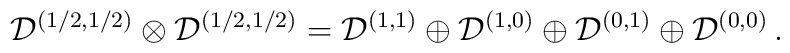
{\mathcal D}^{(1/2,1/2)} \otimes {\mathcal D}^{(1/2,1/2)} ={\mathcal D}^{(1,1)}\oplus  {\mathcal D}^{(1,0)} \oplus  {\mathcal D}^{(0,1)}\oplus  {\mathcal D}^{(0,0)}\, .